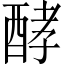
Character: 酵